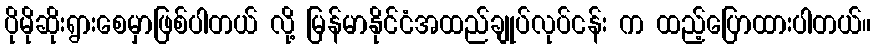
ပိုမိုဆိုးရွားစေမှာဖြစ်ပါတယ် လို့ မြန်မာနိုင်ငံအထည်ချုပ်လုပ်ငန်း က ထည့်ပြောထားပါတယ်။